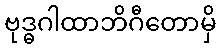
ဗုဒ္ဓဂါထာဘိဂီတောမှိ